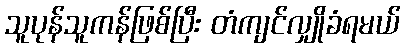
သူပုန်သူကန်ဖြစ်ပြီး တံကျင်လျှိုခံရမယ်